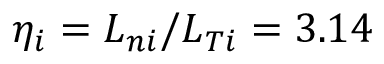
\eta _ { i } = L _ { n i } / L _ { T i } = 3 . 1 4